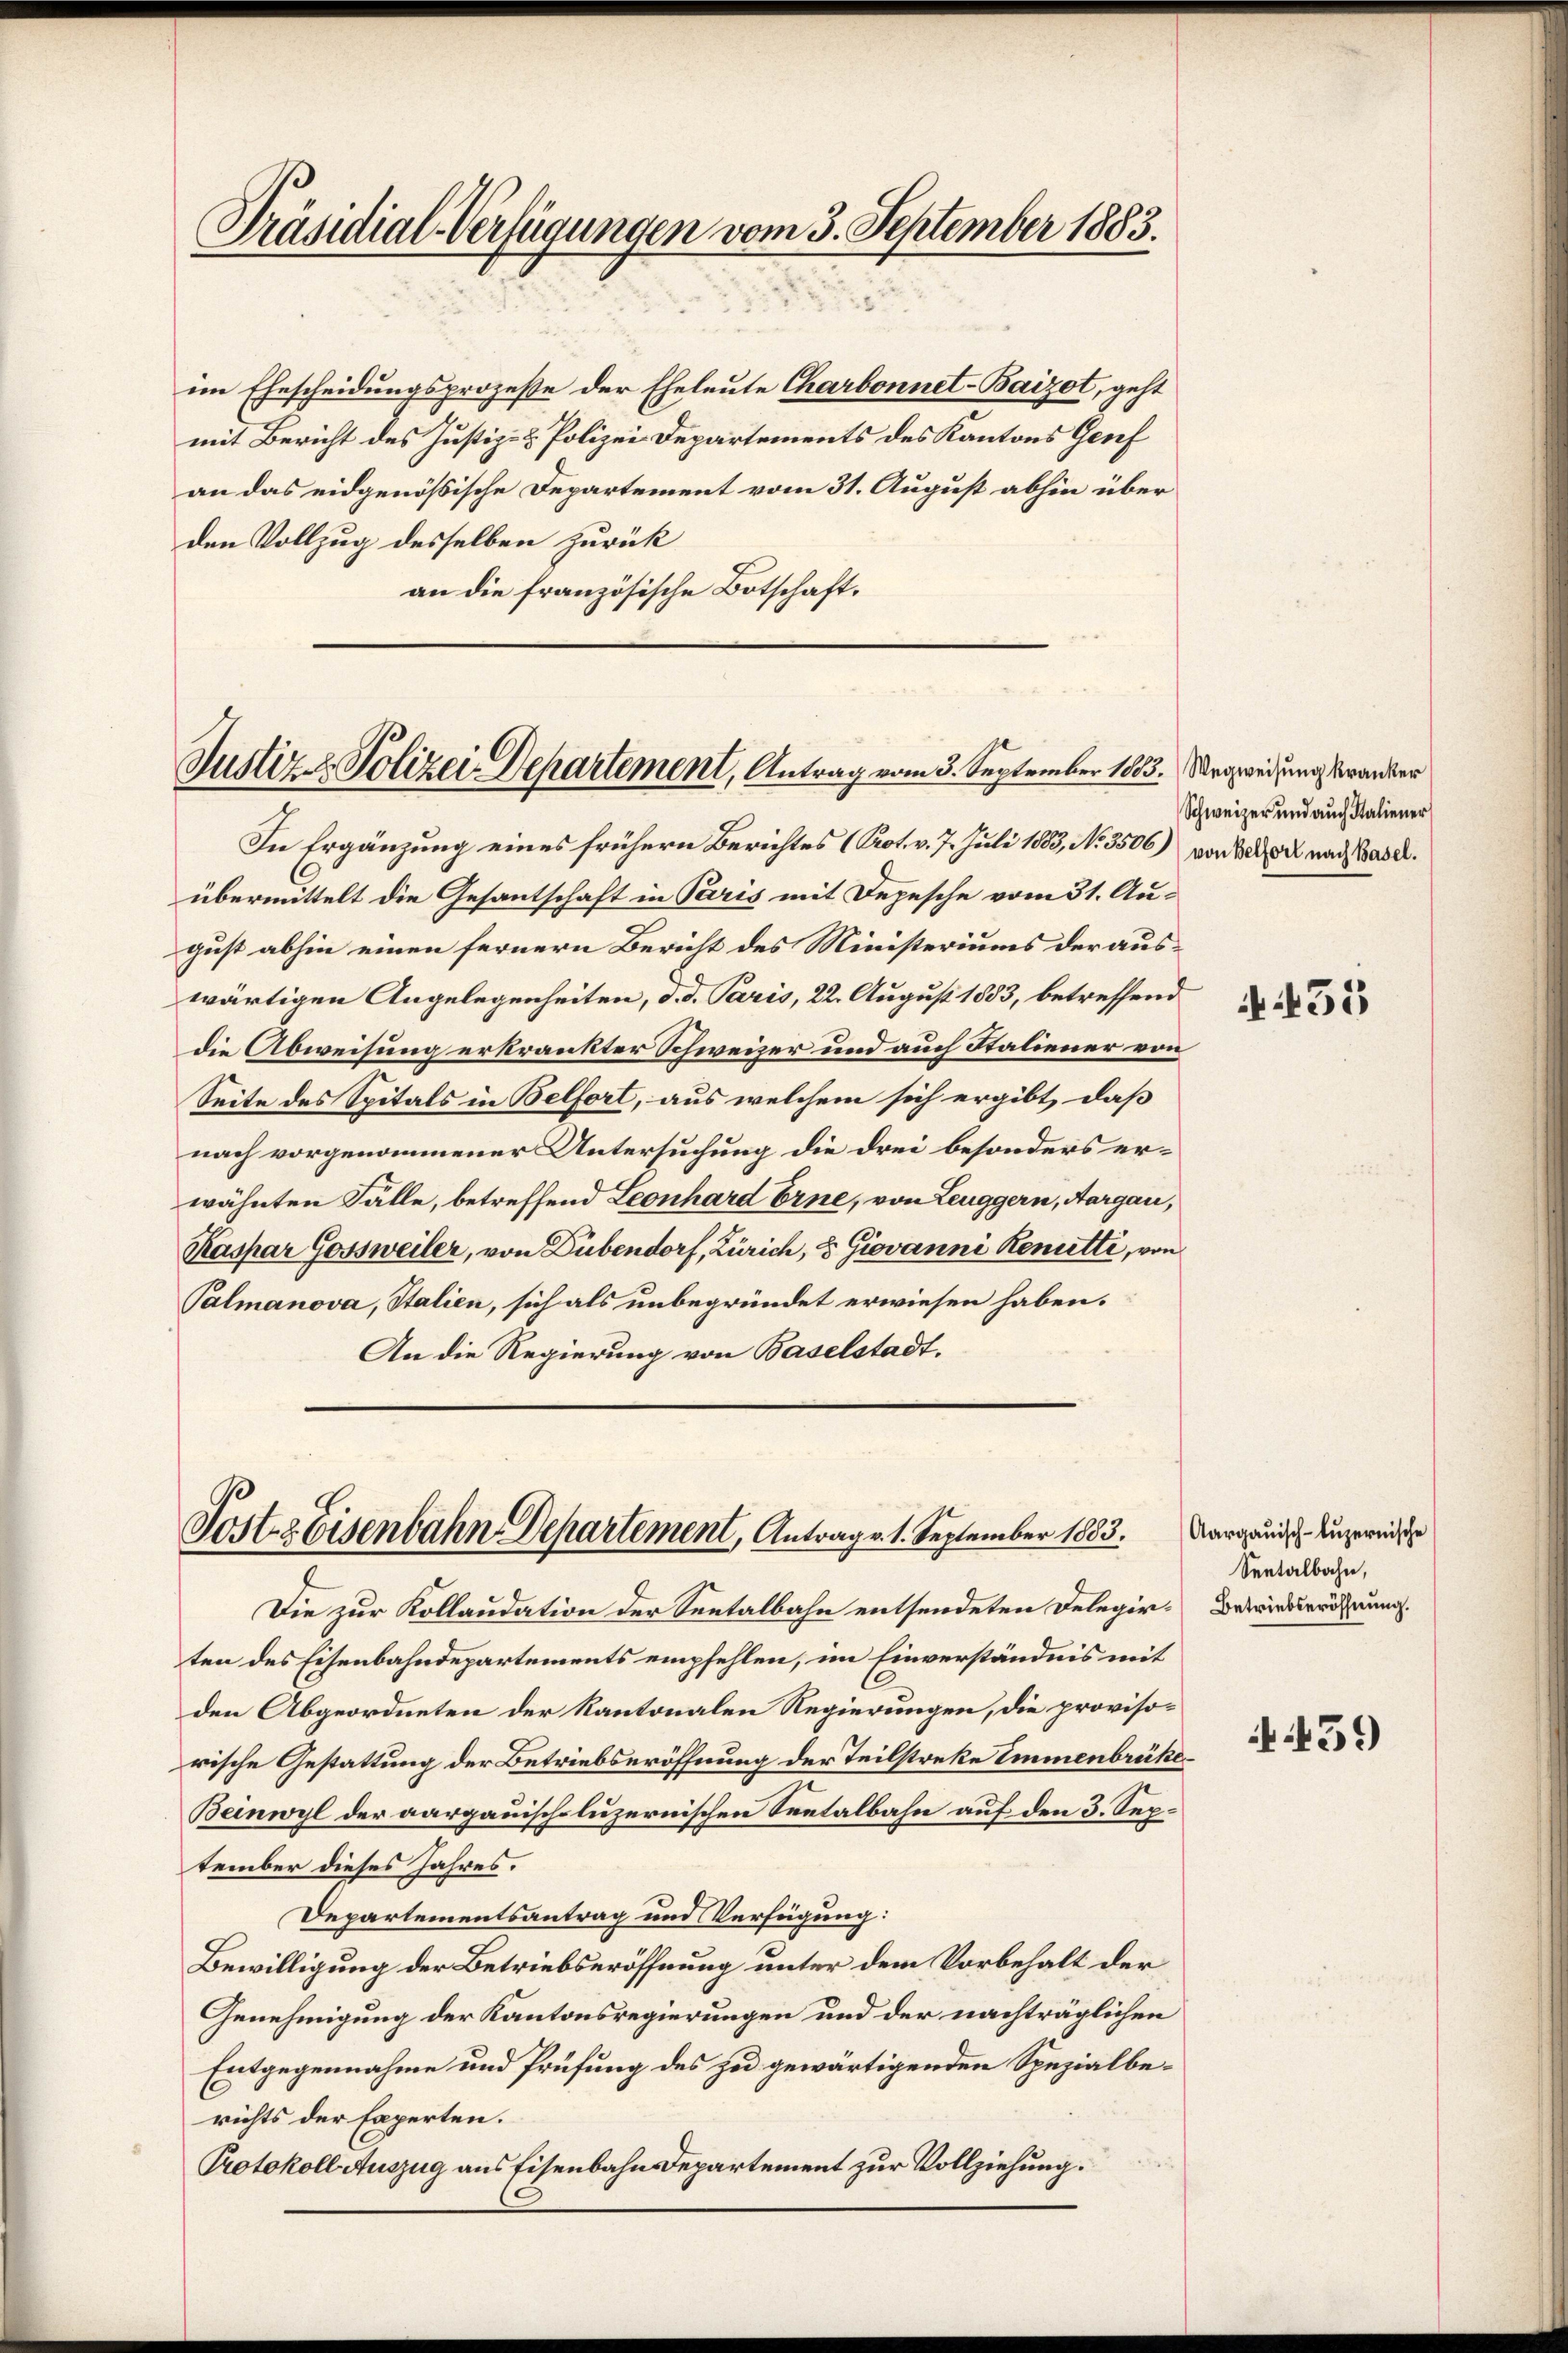
Präsidial-Verfügungen vom 3. September 1883.

im Ehescheidungsprozeße der Eheleute Charbonnet-Baizot, geht
mit Bericht des Justiz- & Polizei-Departements des Kantons Genf
an das eidgenössische Departement vom 31. August abhin über
den Vollzug desselben zurück
an die französische Botschaft.

Justiz - Polizei Departement, Antrag vom 3. September 1803. Wegweisung kranker

Post & Eisenbahn Departement, Antrage 1. September 1883.

In Ergänzung eines frühern Berichtes (Prot. v. 7. Juli 1883, No. 3506) von Sehr nach Basel.
übermittelt die Gesantschaft in Paris mit Depesche vom 31. August abhin einen fernern Bericht des Ministeriums der auswärtigen Angelegenheiten, d. d. Paris, 22. August 1883, betreffend
die Abweisung erkränkter Schweizer und auch Staliener von
Seite des Spitals in Belfort, aus welchem sich ergibt, daß
nach vorgenommener Untersuchung die drei besonders erwähnten Fälle, betreffend Leonhard Erne, von Leuggern, Aargau,
Kaspar Gossweiler, von Dübendorf, Zürich, 5 Giovanni Renitte, von
Palmanova, Stalien, sich als unbegründet erwiesen haben.
An die Regierung von Baselstadt.

Die zur Kollaudation der Seetalbahn entsendeten Delegirten des Eisenbahndepartements empfehlen, im Einverständnis mit
den Abgeordneten der Kantonalen Regierungen, die provisorische Gestattung der Betriebseröffnung der Teilstreke Emmenbrüke
Beinwyl der aargauisch-luzernischen Tentalbahn auf den 3. September dieses Jahres.
Departementsantrag und Verfügung:
Bewilligung der Betriebseröffnung unter dem Vorbehalt der
Genehmigung der Kantonsregierungen und der nachträglichen
Entgegennahme und Prüfung des zu gewärtigenden Spezialberichts der Experten.
Protokoll Auszug aus Eisenbahn Departement zur Vollziehung.

Schweizer und auch Staliener

455

Aargauisch-luzernische
Seetalbahn,
Betriebseröffnung.

N 59